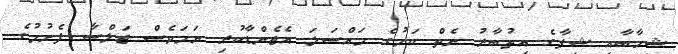
ޝިހާބާއި ޝިފާގެ އިތުބާރު ނެތް ކަމުގެ މައްސަލަ އެޖެންޑާކުރި ނަމަވެސް ޖަލްސާ ފެށުމުގެ